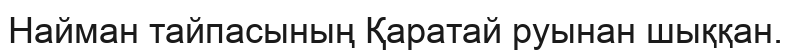
Найман тайпасының Қаратай руынан шыққан.